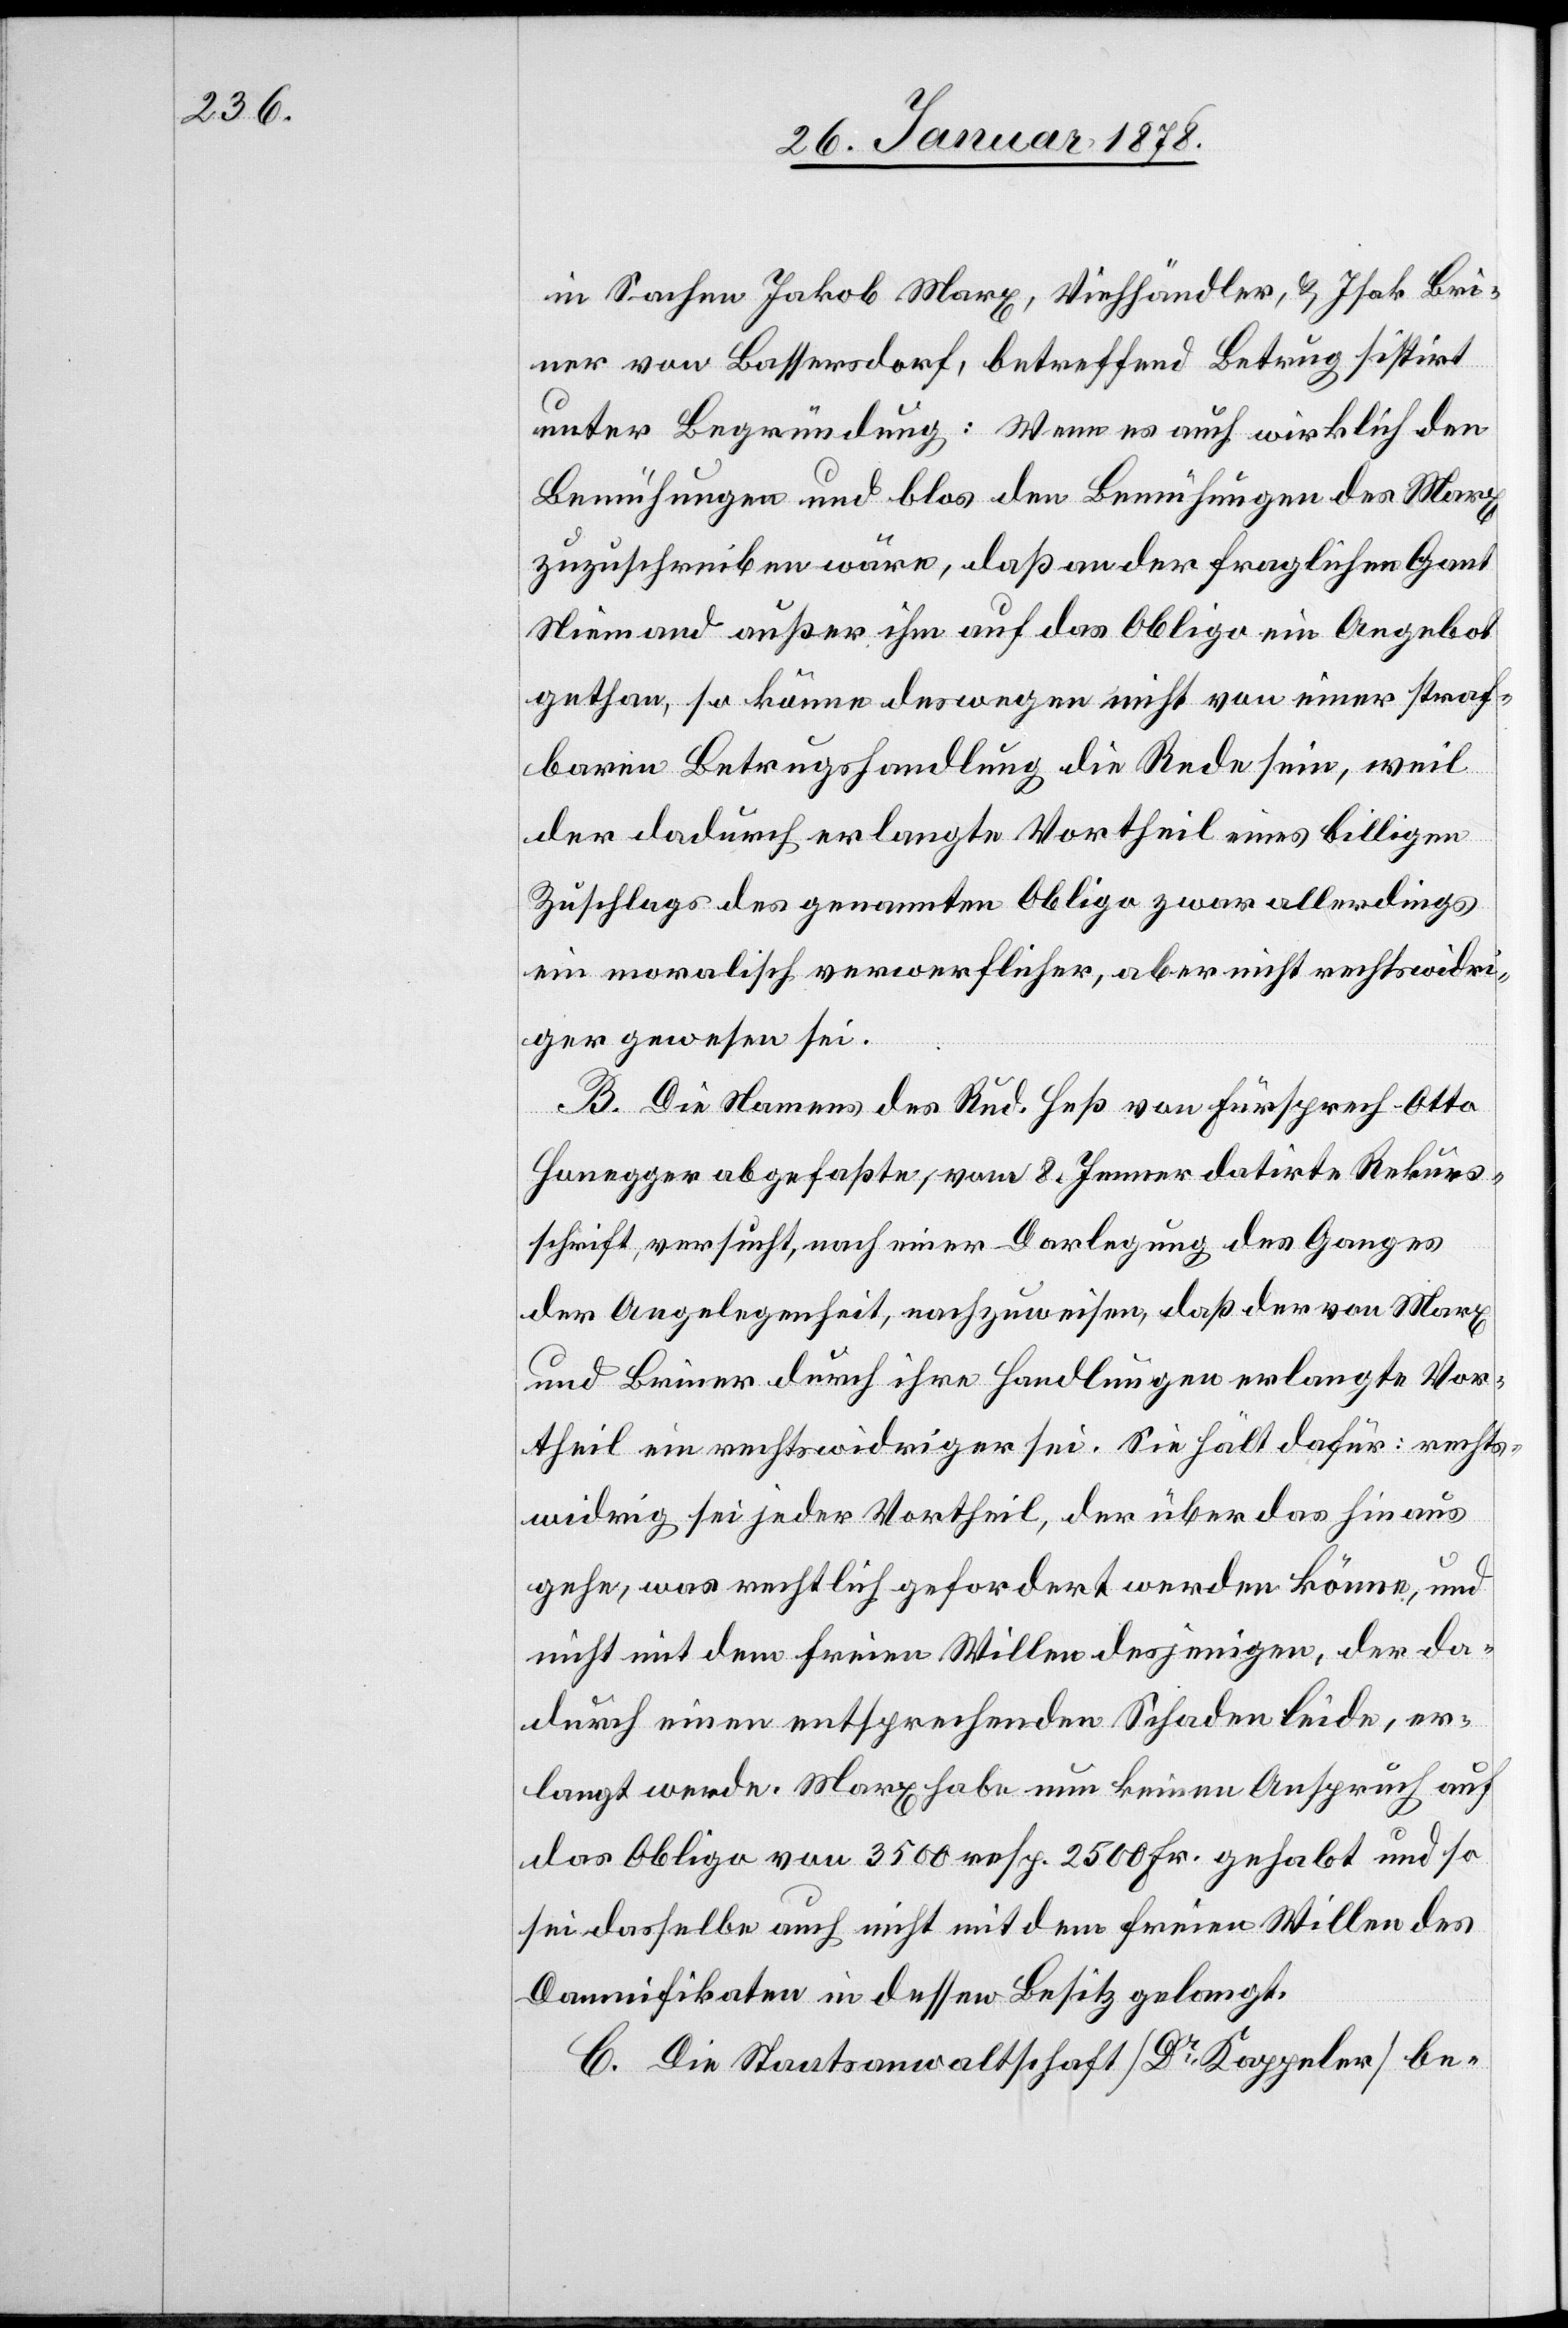
in Sachen Jakob Marx, Viehhändler, & Isak Bri¬
ner von Bassersdorf, betreffend Betrug sistirt
unter Begründung: Wenn es auch wirklich den
Bemühungen und blos den Bemühungen des Marx
zuzuschreiben wäre, daß an der fraglichen Gant
Niemand außer ihm auf das Obligo ein Angebot
gethan, so könne deswegen nicht von einer straf¬
baren Betrugshandlung die Rede sein, weil
der dadurch erlangte Vortheil eines billigen
Zuschlags des genannten Obligo zwar allerdings
ein moralisch verwerflicher, aber nicht rechtswidri¬
ger gewesen sei.
B. Die Namens des Rud. Heß von Fürsprech Otto
Honegger abgefasste, vom 8. Jenner datirte Rekurs¬
schrift, versucht, nach einer Darlegung des Ganges
der Angelegenheit, nachzuweisen, daß der von Marx
und Briner durch ihre Handlungen verlangte Vor¬
theil ein rechtswidriger sei. Sie hält dafür: rechts¬
widrig sei jeder Vortheil, der über das hinaus
gehe, was rechtlich gefordert werden könne, und
nicht mit dem freien Willen desjenigen, der da¬
durch einen entsprechenden Schaden leide, er¬
langt werde. Marx habe nun keinen Anspruch auf
das Obligo von 3500 resp. 2500 Fr. gehabt und so
sei dasselbe auch nicht mit dem freien Willen des
Damnifikaten in dessen Besitz gelangt.
C. Die Staatsanwaltschaft (Dr Kappeler) be-